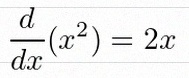
\frac{d}{dx}(x^2)=2x